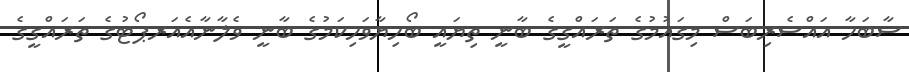
ސާބަހާ އައްސެރިބަސް މިގައުމުގެ ތަރައްގީގެ ބާނީ ތިޔައީ ބޯހިޔާވަހިކަމުގެ ބާނީ ވެލާނާއެއަރޕޯޓުގެ ތަރައްގީގެ